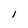
Character: 1